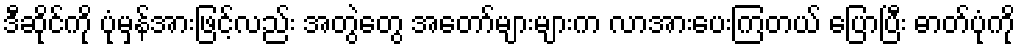
ဒီဆိုင်ကို ပုံမှန်အားဖြင့်လည်း အတွဲတွေ အတော်များများက လာအားပေးကြတယ် ပြောပြီး ဓာတ်ပုံကို